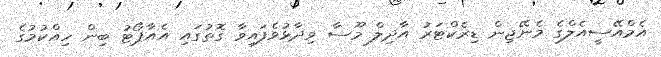
އެމްއޭސީއެލްގެ މެނޭޖިން ޑިރެކްޓަރު އާދިލް މޫސާ ވިދާޅުވެފައިވާ ގޮތުގައި އެއާޕޯޓު ބިން ހިއްކުމުގެ